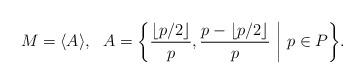
LaTeX: \begin{align*}M = \langle A \rangle, \ \ A = \bigg\{ \frac {\lfloor p/2 \rfloor}p, \frac {p-\lfloor p/2 \rfloor}p \ \bigg{|} \ p \in P \bigg\}.\end{align*}